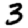
Digit: 3